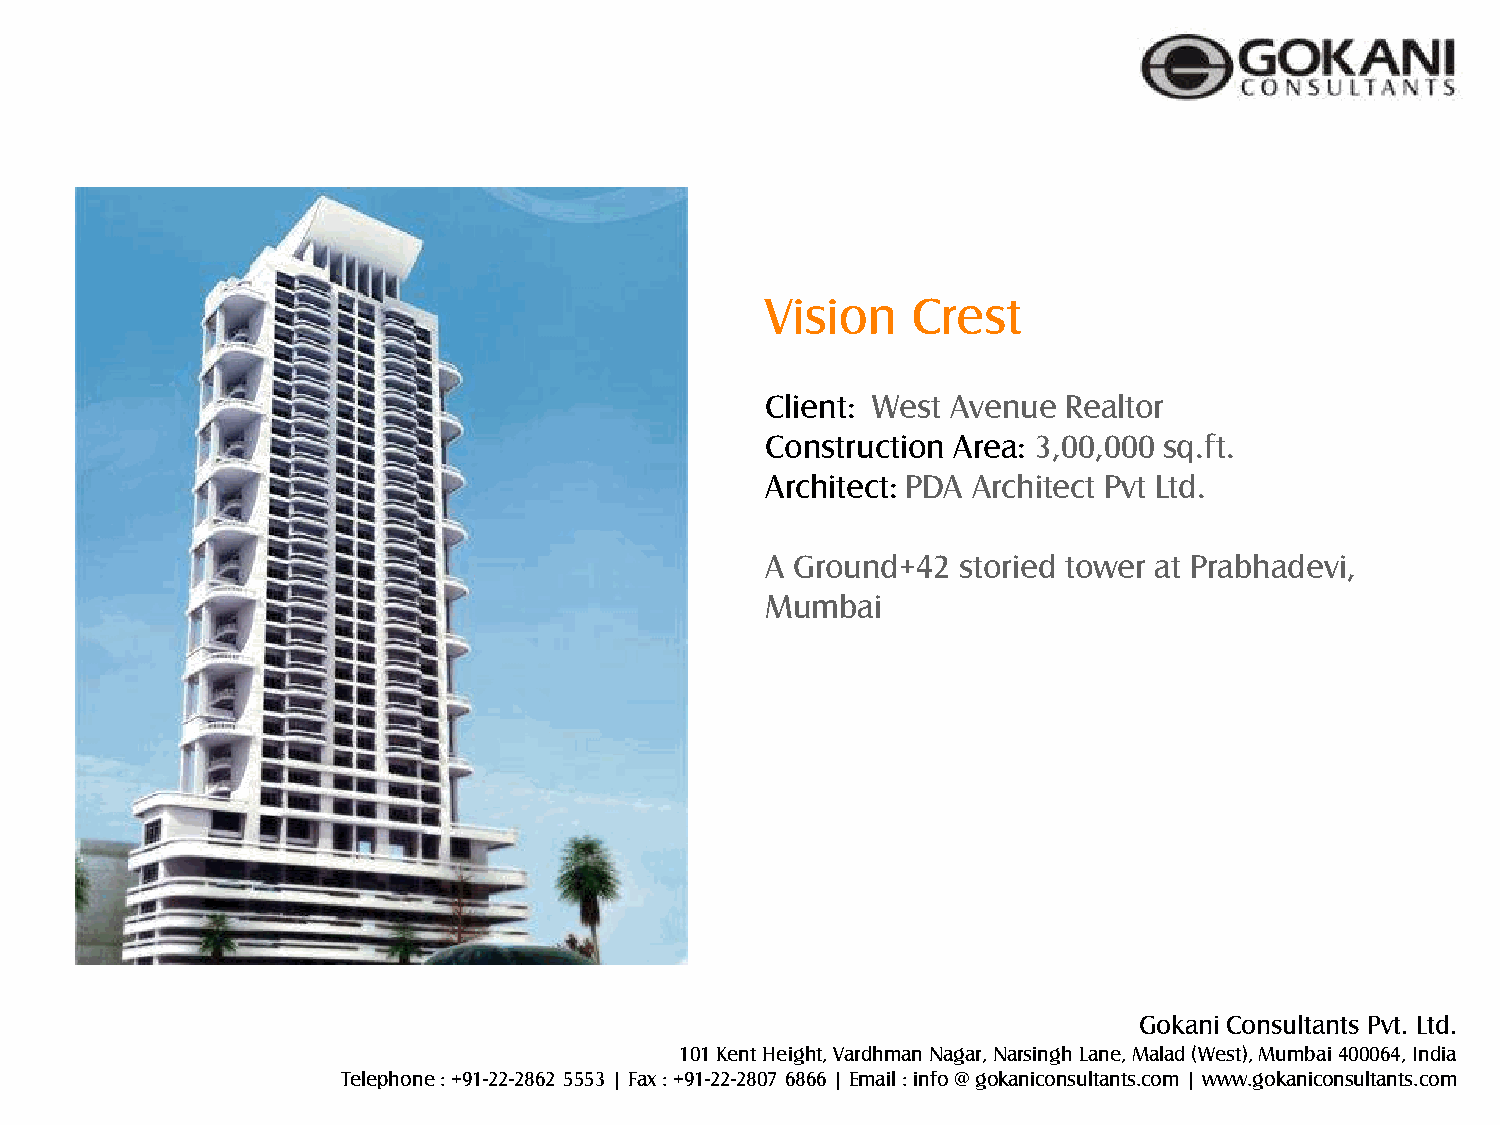
Vision   Crest
 Client: West Avenue Realtor
 Construction Area: 3,00,000 sq.ft.
 Architect: PDA Architect Pvt Ltd.
 A Ground+42 storied tower at Prabhadevi,
 Mumbai
 Gokani Consultants Pvt. Ltd.
 101 Kent Height, Vardhman Nagar, Narsingh Lane, Malad (West), Mumbai 400064, India
 Telephone : +91-22-2862 5553 | Fax : +91-22-2807 6866 | Email : info @ gokaniconsultants.com | www.gokaniconsultants.com